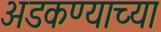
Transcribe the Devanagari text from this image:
अडकण्याच्या